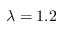
\lambda = 1 . 2